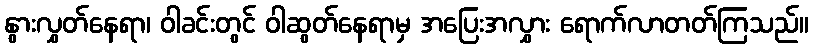
နွားလွှတ်နေရာ၊ ဝါခင်းတွင် ဝါဆွတ်နေရာမှ အပြေးအလွှား ရောက်လာတတ်ကြသည်။